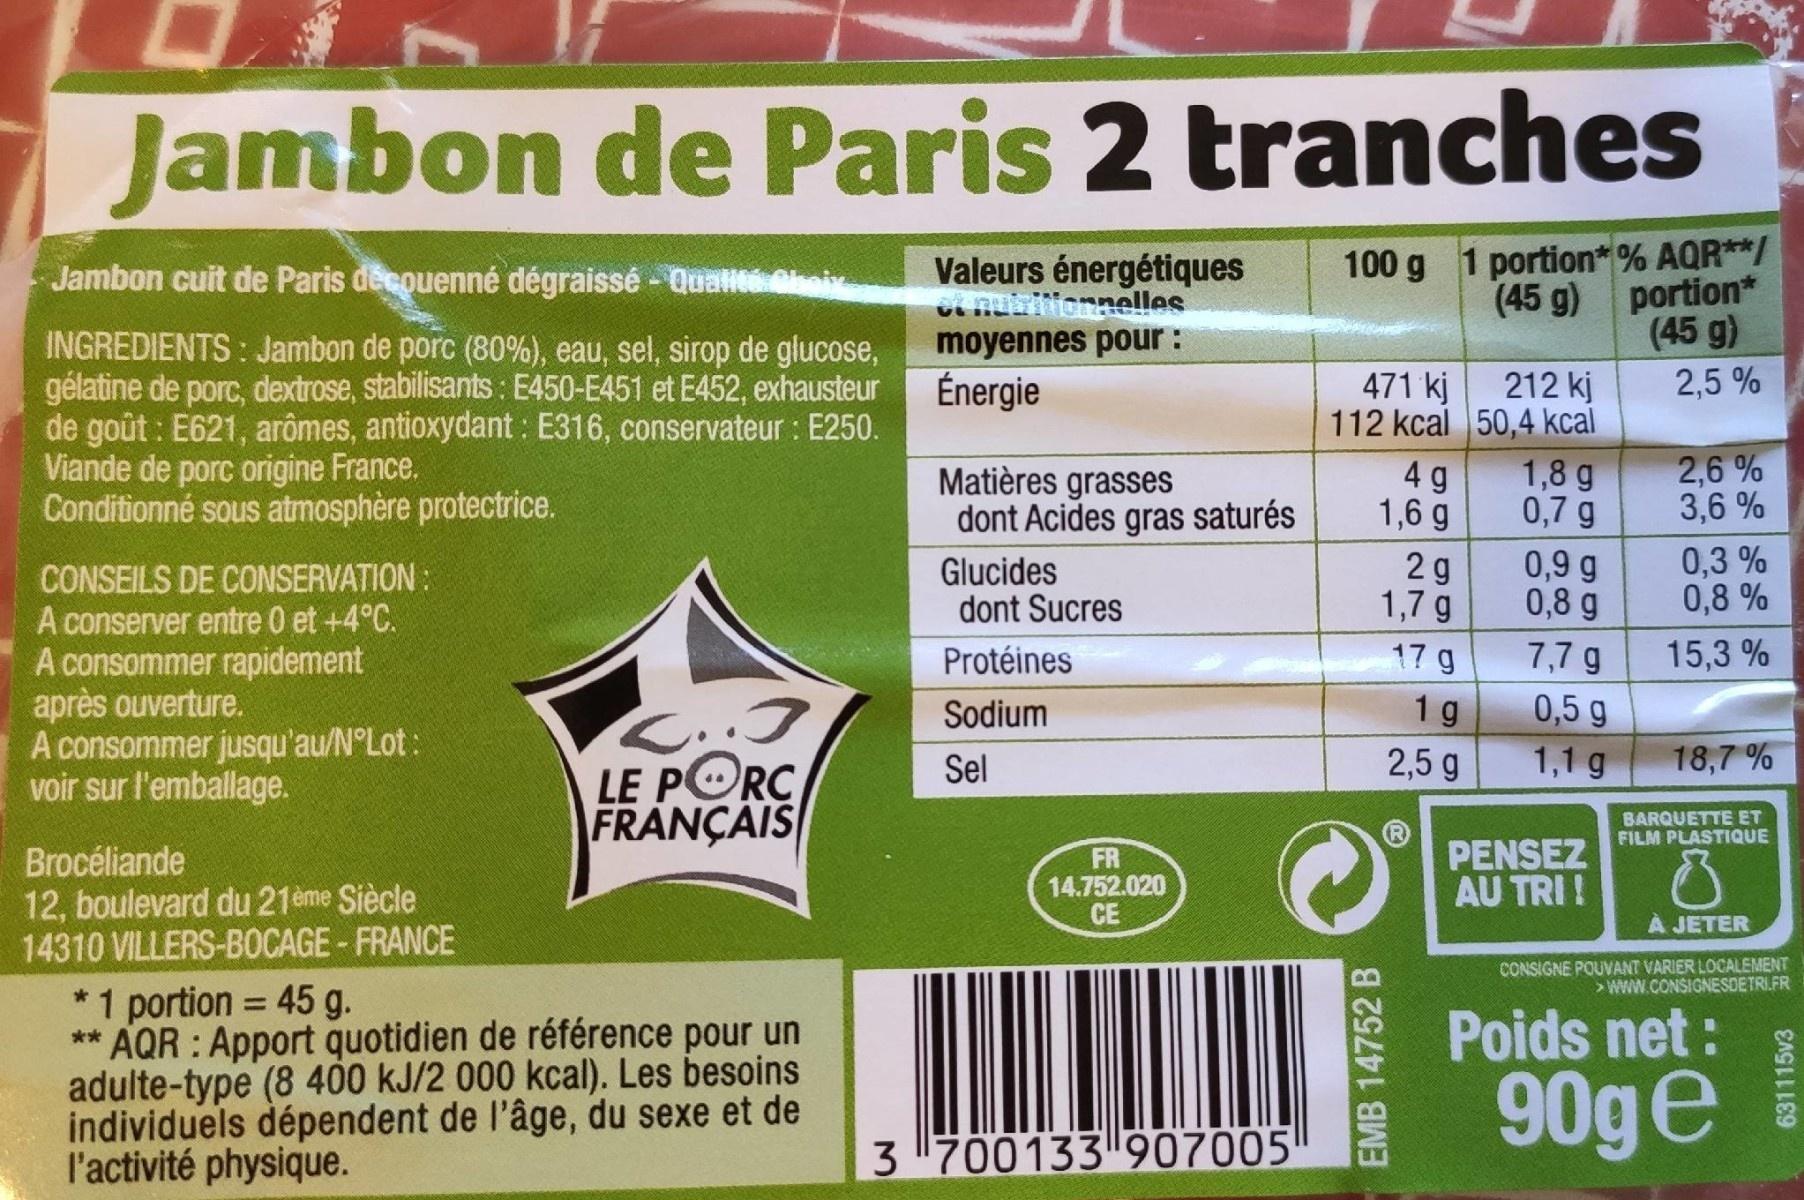
Jambon de Paris 2 tranches
Valeurs énergétiques t nubiionnelles moyennes pour : Énergie
100 g 1 portion* % AQR**/ (45 g) portion* (45 g)
Jambon cuit de Paris decouenné dégraissé - Qualle.oiv
INGREDIENTS : Jambon de porc (80%), eau, sel, sirop de glucose, gélatine de porc, dextrose, stabilisants : E450-E451 et E452, exhausteur de goût : E621, arômes, antioxydant : E316, conservateur : E250. Viande de porc origine France. Conditionné sous atmosphère protectrice.
471 kj
2,5 %
212 kj 112 kcal 50,4 kcal 1,8 g 0,7 g
Matières grasses dont Acides gras saturés
4 g 1,6 g
2,6 % 3,6 %
Glucides dont Sucres
2 g 1,7 g
0,9 g 0,8 g
0,3 % 0,8 %
CONSEILS DE CONSERVATION : A conserver entre 0 et +4°C. A consommer rapidement après ouverture. A consommer jusqu'au/N°Lot: voir sur l'emballage.
7,7 g 0,5 g 1 g 1,1 g
Protéines
17 g
15,3 %
Sodium
Sel
2,5 g
18,7 %
LE PORC FRANÇAIS
BARQUETTE ET FILM PLASTIQUE
Brocéliande 12, boulevard du 21ème Siècle 14310 VILLERS-BOCAGE - FRANCE
FR 14.752.020 CE
PENSEZ AU TRI !
À JETER
CONSIGNE POUVANT VARIER LOCALEMENT > WWW.CONSIGNESDETRIFR
*1 portion = 45 g. ** AQR : Apport quotidien de référence pour un adulte-type (8 400 kJ/2 000 kcal). Les besoins individuels dépendent de l'âge, du sexe et de l'activité physique.
Poids net:
90ge
3 700133907005
EMB 14752 B
631115v3